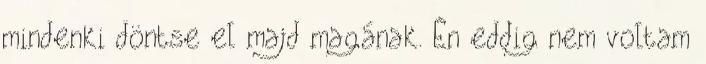
mindenki döntse el majd magának. Én eddig nem voltam